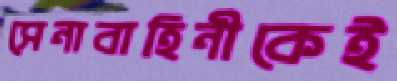
সেনাবাহিনীকেই